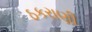
ઠકરાણી